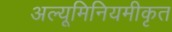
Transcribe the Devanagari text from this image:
अल्यूमिनियमीकृत